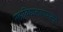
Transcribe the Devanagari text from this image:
महाविद्यालयापासून